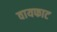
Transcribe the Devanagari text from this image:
वायफाट